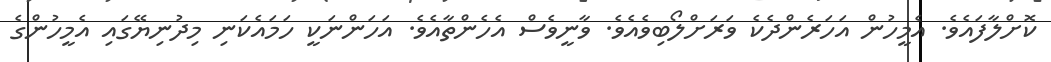
ކޮށްލާފައެވެ. އެމީހުން އަހަރެންދެކެ ވަރަށްލޯބިވެއެވެ. ވާނީވެސް އެހެންތާއެވެ. އަހަންނަކީ ހަމައެކަނި މިދުނިޔޭގައި އެމީހުންގެ